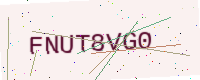
Text: FNUT8VG0